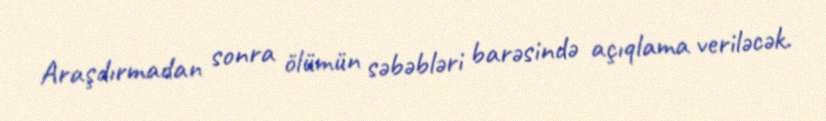
Araşdırmadan sonra ölümün səbəbləri barəsində açıqlama veriləcək.